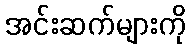
အင်းဆက်များကို